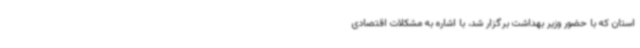
استان که با حضور وزیر بهداشت برگزار شد، با اشاره به مشکلات اقتصادی